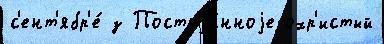
с'ент'ябр'е́ з Постоjа́нноjе охр'истый